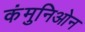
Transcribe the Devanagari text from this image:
कंमुनिओन